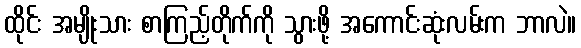
ထိုင်း အမျိုးသား စာကြည့်တိုက်ကို သွားဖို့ အကောင်းဆုံးလမ်းက ဘာလဲ။